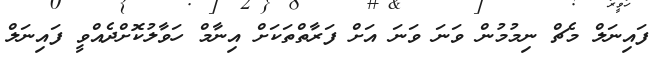
ފައިނަލް މެޗް ނިމުމުން ވަނަ ވަނަ އަށް ފަރާތްތަކަށް އިނާމް ހަވާލުކޮށްދެއްވީ ފައިނަލް